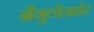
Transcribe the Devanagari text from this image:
ग्रैनुलोसाईट